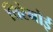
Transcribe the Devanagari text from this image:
तिरेनोई